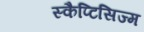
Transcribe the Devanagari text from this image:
स्कैप्टिसिज्म